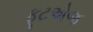
ફૂટએજ